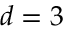
d = 3